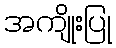
အကျိုးပြု